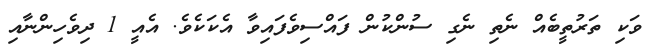
ވަކި ތަރުތީބެއް ނެތި ނެގި ސުންކުން ފައްސިވެފައިވާ އެކަކެވެ. އެއީ 1 ދިވެހިންނާއި